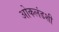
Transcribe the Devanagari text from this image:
ओकलंडशी